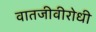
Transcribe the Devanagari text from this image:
वातजीवीरोधी